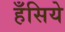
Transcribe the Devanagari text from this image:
हँसिये